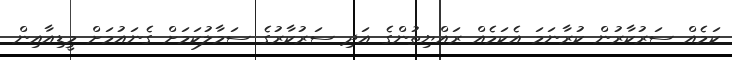
ކަމެއް ސަރުކާރުން ކުރާނަމަ އެކަމެއް ރައްޔިތުންގެ އަދި ސަރުކާރުގެ ސަމާލުކަމަށް ގެނައުމަށް މީޑިއާއިން